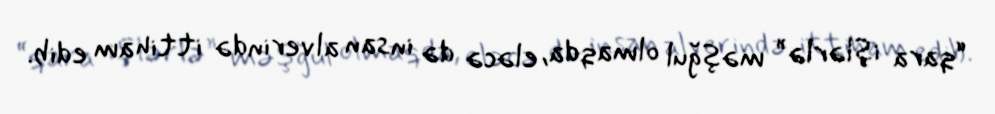
“qara işlərlə” məşğul olmaqda, eləcə də insan alverində ittiham edib.